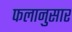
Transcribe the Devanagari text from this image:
फलानुसार